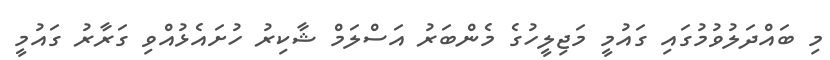
މި ބައްދަލުވުމުގައި ގައުމީ މަޖިލީހުގެ މެންބަރު އަސްލަމް ޝާކިރު ހުށައެޅުއްވި ގަރާރު ގައުމީ